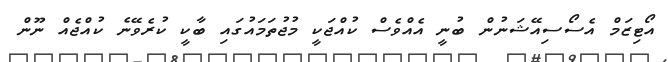
އޯޓިޒަމް އެސޯސިއޭޝަނުން ބުނީ އެއްވެސް ކުއްޖަކީ މުޖުތަމައުގައި ބާކީ ކުރެވޭނެ ކުއްޖެއް ނޫން